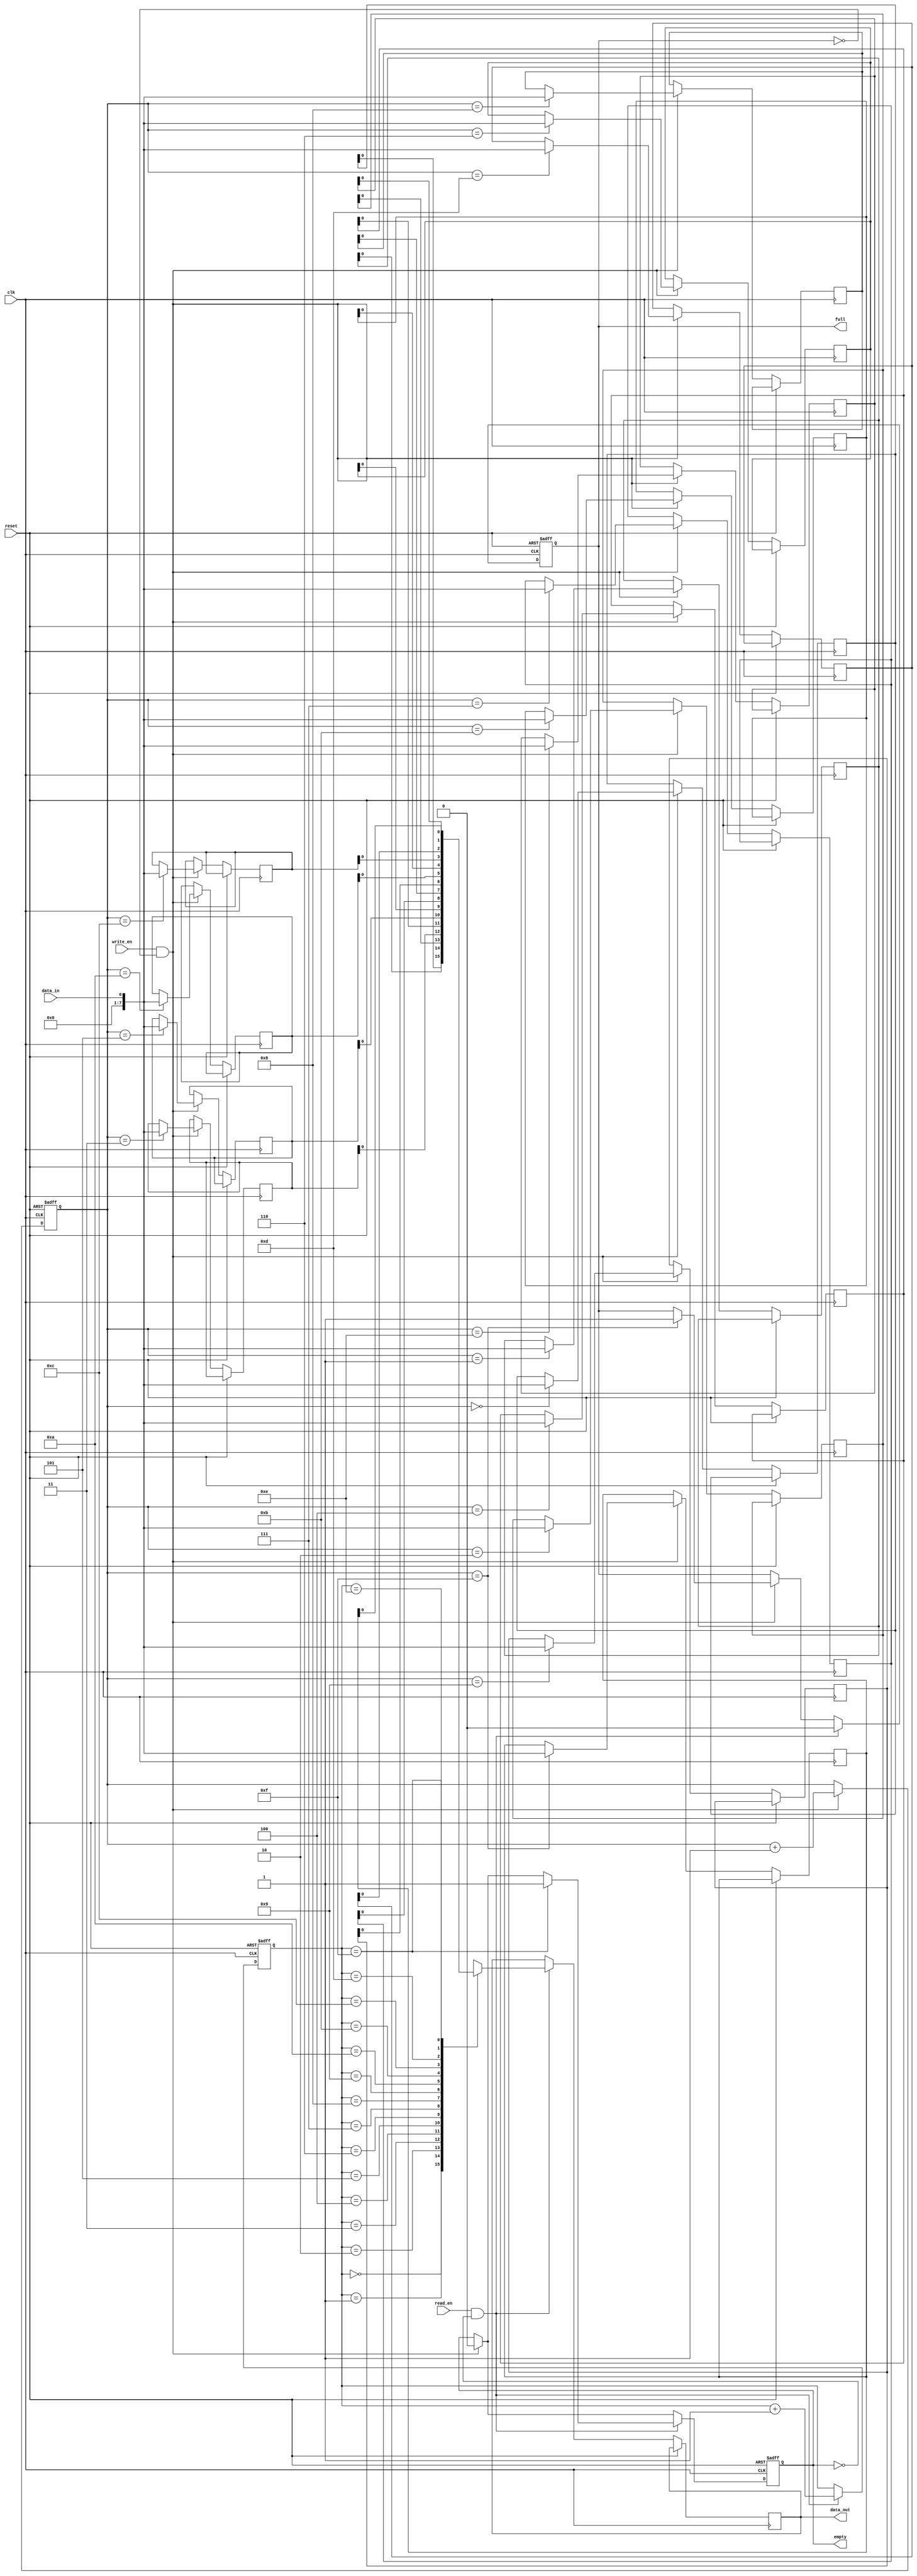
module async_fifo (
    input wire clk,
    input wire reset,
    input wire write_en,
    input wire read_en,
    input wire data_in,
    output reg data_out,
    output reg empty,
    output reg full
);

reg [7:0] memory [0:15]; // FIFO memory with depth of 16
reg [3:0] write_ptr;
reg [3:0] read_ptr;

always @ (posedge clk or posedge reset) begin
    if (reset) begin
        write_ptr <= 4'b0;
        read_ptr <= 4'b0;
        full <= 1'b0;
        empty <= 1'b1;
    end else begin
        if (write_en && !full) begin
            memory[write_ptr] <= data_in;
            write_ptr <= write_ptr + 1;
            if (write_ptr == 4'b1111) begin
                full <= 1'b1;
            end
            empty <= 1'b0;
        end
        
        if (read_en && !empty) begin
            data_out <= memory[read_ptr];
            read_ptr <= read_ptr + 1;
            if (read_ptr == 4'b1111) begin
                empty <= 1'b1;
            end
            full <= 1'b0;
        end
    end
end

endmodule